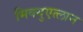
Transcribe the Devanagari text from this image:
मिक्युएत्लान